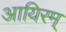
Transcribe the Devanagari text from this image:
आयिरम्